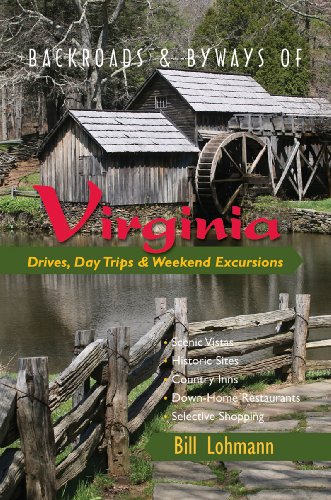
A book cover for Backroads & Byways of Virginia: Drives, Day Trips & Weekend Excursions (Backroads & Byways); Bill Lohmann; Travel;